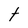
Character: t